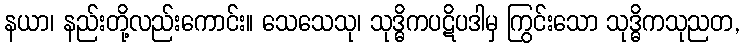
နယာ၊ နည်းတို့လည်းကောင်း။ သေသေသု၊ သုဒ္ဓိကပဋိပဒါမှ ကြွင်းသော သုဒ္ဓိကသုညတ,